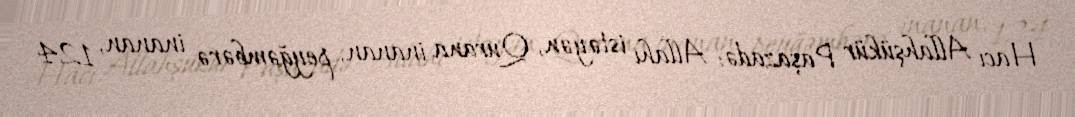
Hacı Allahşükür Paşazadə: Allahı istəyən, Qurana inanan, peyğəmbərə inanan, 124